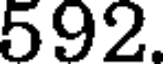
592.